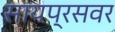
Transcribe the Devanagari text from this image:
सायप्रसवर